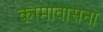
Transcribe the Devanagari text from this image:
कामावासना